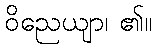
ဝိညေယျာ၊ ၏။